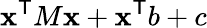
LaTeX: \mathbf{x}^{\textsf{{T}}}M\mathbf{x}+\mathbf{x}^{\textsf{{T}}}b+c